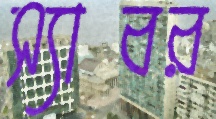
স্যাবর